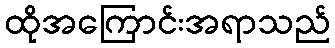
ထိုအကြောင်းအရာသည်